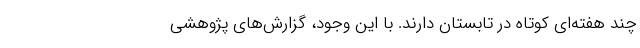
چند هفته‌ای کوتاه در تابستان دارند. با این وجود، گزارش‌های پژوهشی